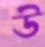
উ